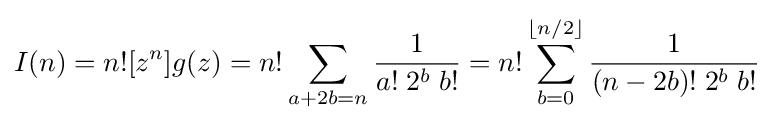
I(n)=n![z^{n}]g(z)=n!\sum _{a+2b=n}{\frac {1}{a!\;2^{b}\;b!}}=n!\sum _{b=0}^{\lfloor n/2\rfloor }{\frac {1}{(n-2b)!\;2^{b}\;b!}}